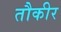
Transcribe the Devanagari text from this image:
तौकीर